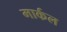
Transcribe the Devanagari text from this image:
मार्कल